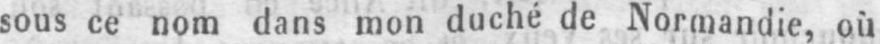
sous ce nom dans mon duché de Normandie, où